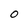
Character: 0